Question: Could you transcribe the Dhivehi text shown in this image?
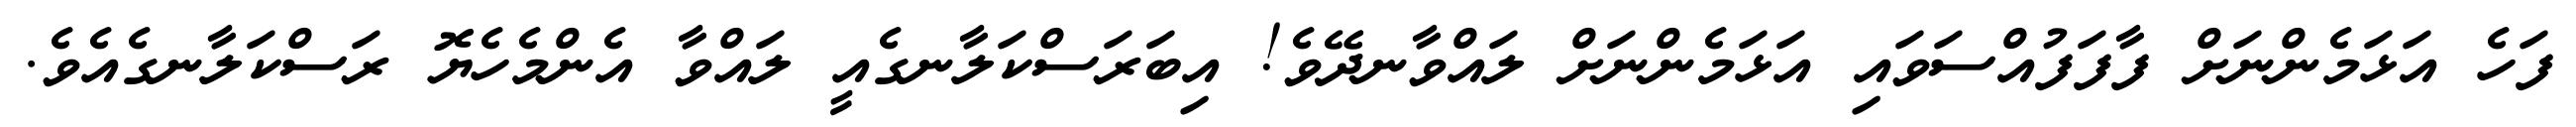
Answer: ފަހެ އަޅަމެންނަށް ފާފަފުއްސަވައި އަޅަމެންނަށް ލައްވާނދޭވެ! އިބަރަސްކަލާނގެއީ ލައްވާ އެންމެހެޔޮ ރަސްކަލާނގެއެވެ.